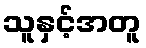
သူနှင့်အတူ